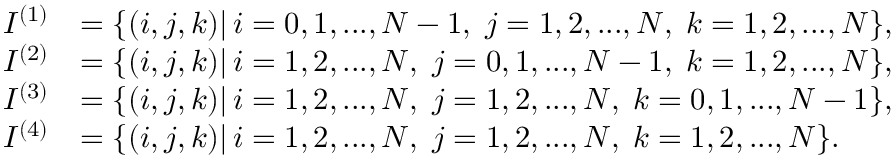
\begin{array} { r l } { I ^ { ( 1 ) } } & { = \{ ( i , j , k ) | \, i = 0 , 1 , . . . , N - 1 , \; j = 1 , 2 , . . . , N , \; k = 1 , 2 , . . . , N \} , } \\ { I ^ { ( 2 ) } } & { = \{ ( i , j , k ) | \, i = 1 , 2 , . . . , N , \; j = 0 , 1 , . . . , N - 1 , \; k = 1 , 2 , . . . , N \} , } \\ { I ^ { ( 3 ) } } & { = \{ ( i , j , k ) | \, i = 1 , 2 , . . . , N , \; j = 1 , 2 , . . . , N , \; k = 0 , 1 , . . . , N - 1 \} , } \\ { I ^ { ( 4 ) } } & { = \{ ( i , j , k ) | \, i = 1 , 2 , . . . , N , \; j = 1 , 2 , . . . , N , \; k = 1 , 2 , . . . , N \} . } \end{array}